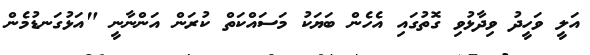
އަލީ ވަހީދު ވިދާޅުވި ގޮތުގައި އެހެން ބަޔަކު މަސައްކަތް ކުރަން އަންނާނީ "އަޅުގަނޑުމެން